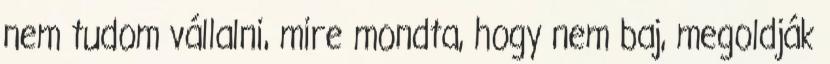
nem tudom vállalni, mire mondta, hogy nem baj, megoldják